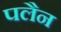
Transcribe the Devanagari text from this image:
पलैन